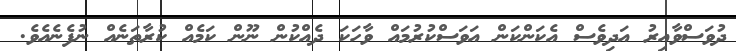
ދުވަސްވާއިރު އަދިވެސް އެކަންކަން އަވަސްކުރުމައް ވާހަކަ ދެއްކުން ނޫން ކަމެއް ކުރާތަނެއް ނުފެނެއެވެ.